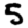
Digit: 5